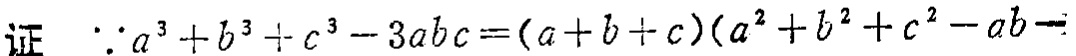
证 $\because a^{3}+b^{3}+c^{3}-3abc=(a + b + c)(a^{2}+b^{2}+c^{2}-ab-$